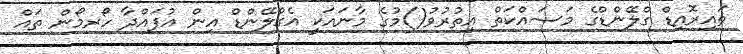
ތައިރޮއިޑް ގްލޭންޑްގެ މަސައްކަތް އިތުރުވު()މުގެ މާނައަކީ އެގްލޭންޑް އިން އުފައްދާ ހޯރމޯން ތައް